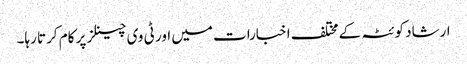
ارشاد کوئٹہ کے مختلف اخبارات میں اور ٹی وی چینلز پر کام کرتا رہا۔